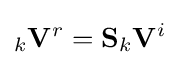
_{k}\mathbf {V} ^{r}=\mathbf {S} _{k}\mathbf {V} ^{i}